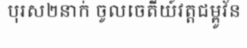
បុរស២នាក់ ចូលចេតីយ៍វត្តជម្ពូវ័ន